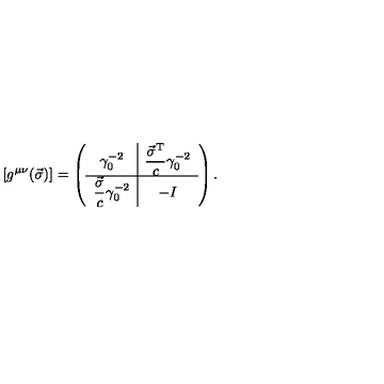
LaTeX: \left[ g ^ { \mu \nu } ( \vec { \sigma } ) \right] = \left( \begin{array} { c | c } { \gamma _ { 0 } ^ { - 2 } } & { \displaystyle \frac { \vec { \sigma } ^ { \mathrm { T } } } { c } \gamma _ { 0 } ^ { - 2 } } \\ \hline { \displaystyle \frac { \vec { \sigma } } { c } \gamma _ { 0 } ^ { - 2 } } & { - I } \\ \end{array} \right) .